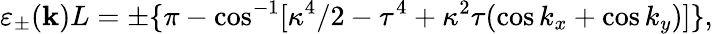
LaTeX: \varepsilon_{\pm}(\textbf{k})L=\pm\{ \pi-\cos^{-1}[\kappa^{4}/2-\tau^{4}+\kappa^{2}\tau(\cos k_{x}+\cos k_{y})]\} ,